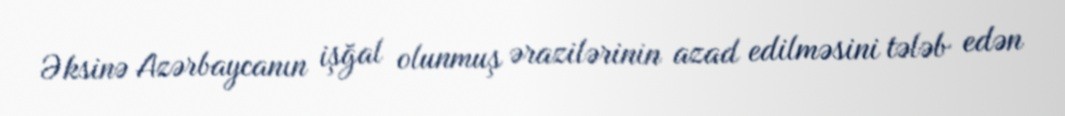
Əksinə Azərbaycanın işğal olunmuş ərazilərinin azad edilməsini tələb edən